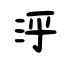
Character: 泘